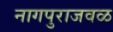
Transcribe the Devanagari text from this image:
नागपुराजवळ